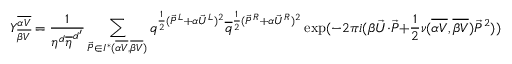
Y _ { \overline { { { \beta V } } } } ^ { \overline { { { \alpha V } } } } = { \frac { 1 } { \eta ^ { d } { \overline { { \eta } } } ^ { d ^ { \prime } } } } \sum _ { { \vec { P } } \in { \cal I } ^ { * } ( { \overline { { { \alpha V } } } } , { \overline { { { \beta V } } } } ) } q ^ { { \frac { 1 } { 2 } } ( { \vec { P } } ^ { L } + \alpha { \vec { U } } ^ { L } ) ^ { 2 } } { \overline { { q } } } ^ { { \frac { 1 } { 2 } } ( { \vec { P } } ^ { R } + \alpha { \vec { U } } ^ { R } ) ^ { 2 } } \exp ( - 2 \pi i ( \beta { \vec { U } } \cdot { \vec { P } } + { \frac { 1 } { 2 } } \nu ( { \overline { { { \alpha V } } } } , { \overline { { { \beta V } } } } ) { \vec { P } } ^ { 2 } ) ) ~ ,